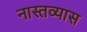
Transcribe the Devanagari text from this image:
नास्तव्यास